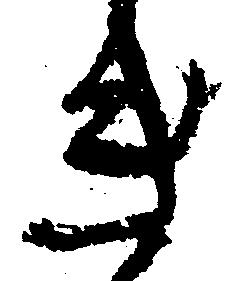
き